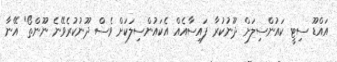
އައްޑޫ ސިޓީ ކައުންސިލަށް ދޫނުކުރާ ފައިސާއެއް އެކައުންސިލަކަށް ވެސް ދޫނުކުރެވޭނެ ނޫންތޯ" އޭނާ